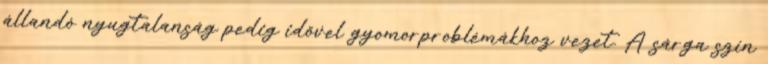
állandó nyugtalanság pedig idővel gyomorproblémákhoz vezet. A sárga szín